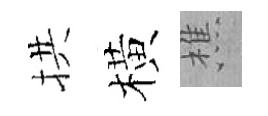
拱橫樵